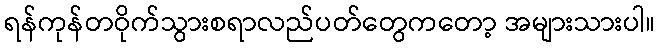
ရန်ကုန်တဝိုက်သွားစရာလည်ပတ်တွေကတော့ အများသားပါ။